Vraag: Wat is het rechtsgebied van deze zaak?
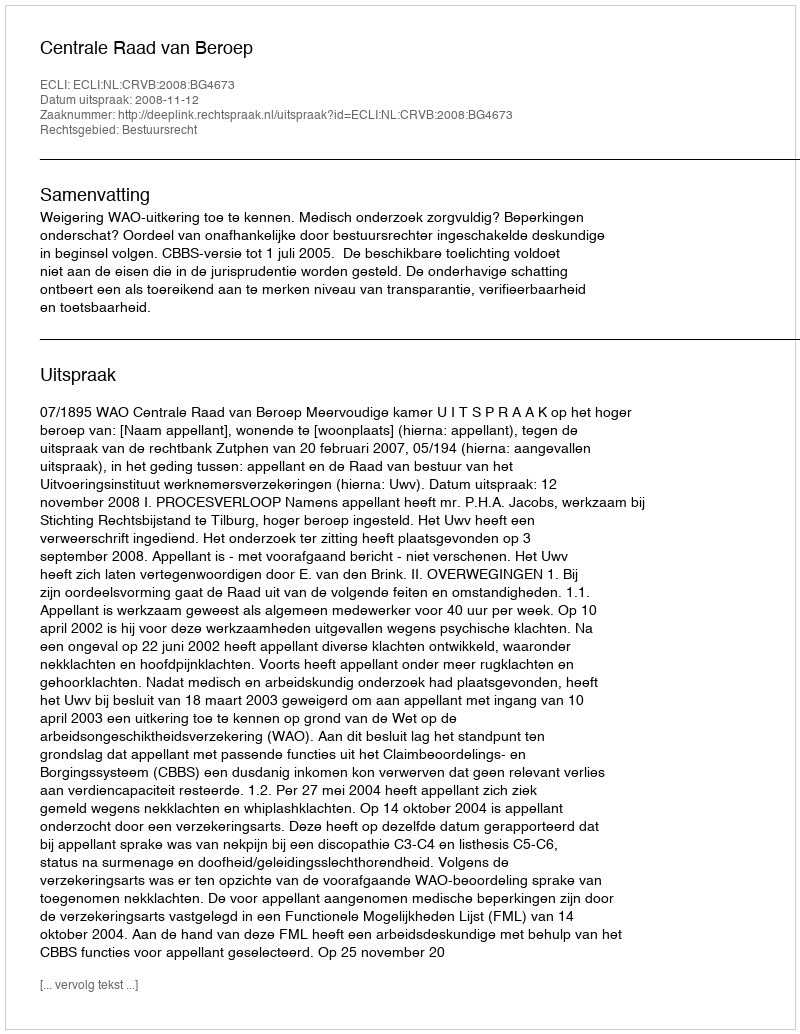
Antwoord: Bestuursrecht